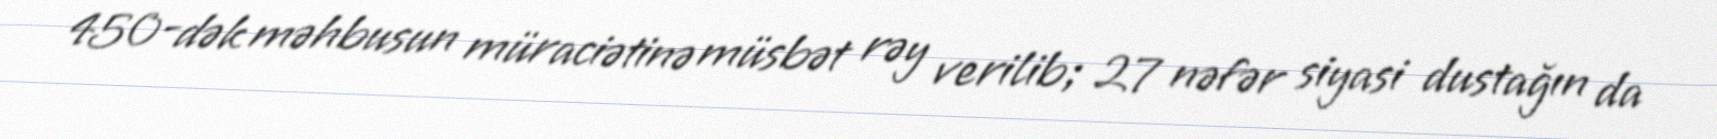
450-dək məhbusun müraciətinə müsbət rəy verilib; 27 nəfər siyasi dustağın da